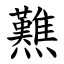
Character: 㸐